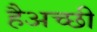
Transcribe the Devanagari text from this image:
हैअच्छी